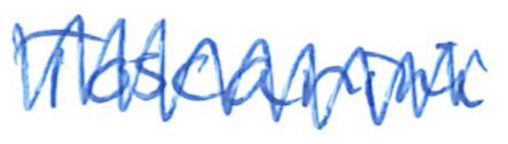
Text: Toscanini
Cross-out: zig-zag
Writing tool: ballpoint